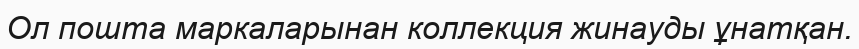
Ол пошта маркаларынан коллекция жинауды ұнатқан.